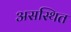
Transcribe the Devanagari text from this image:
असस्थित